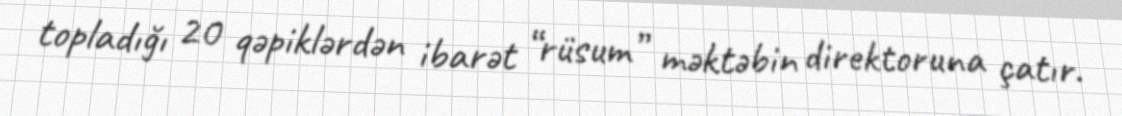
topladığı 20 qəpiklərdən ibarət “rüsum” məktəbin direktoruna çatır.